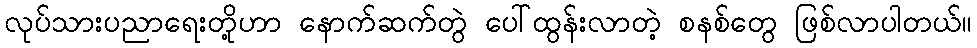
လုပ်သားပညာရေးတို့ဟာ နောက်ဆက်တွဲ ပေါ်ထွန်းလာတဲ့ စနစ်တွေ ဖြစ်လာပါတယ်။